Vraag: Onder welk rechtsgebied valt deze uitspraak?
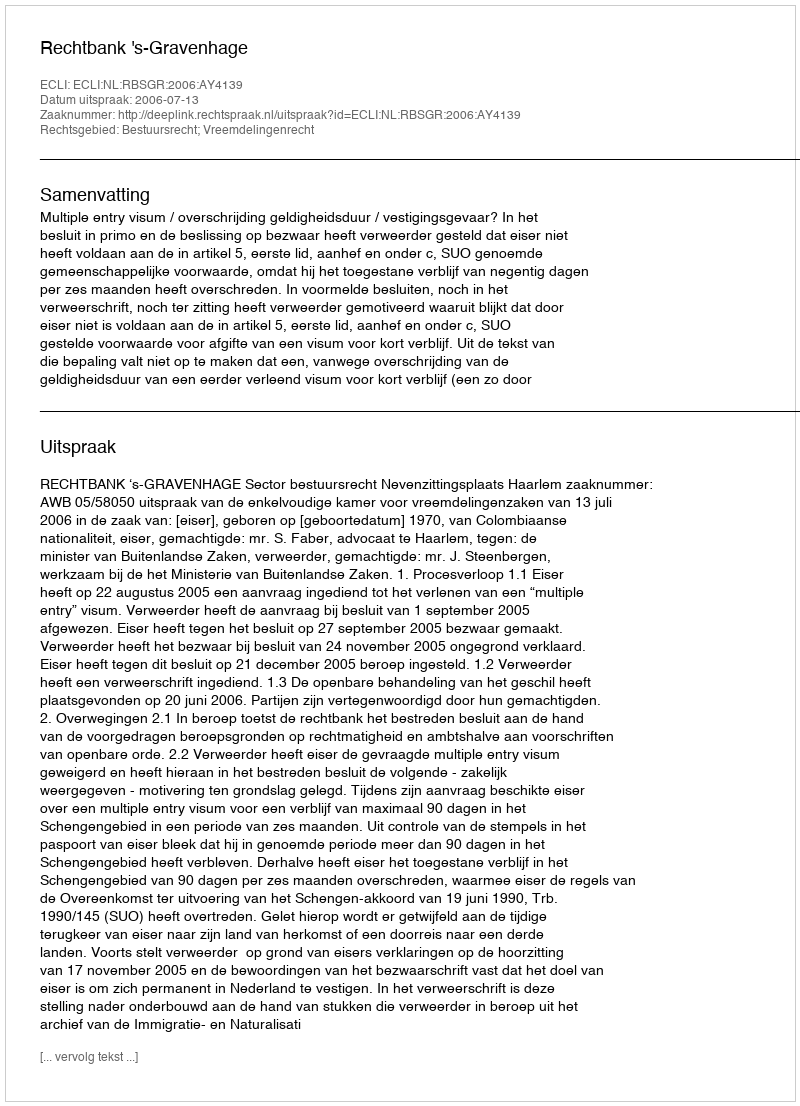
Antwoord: Bestuursrecht; Vreemdelingenrecht